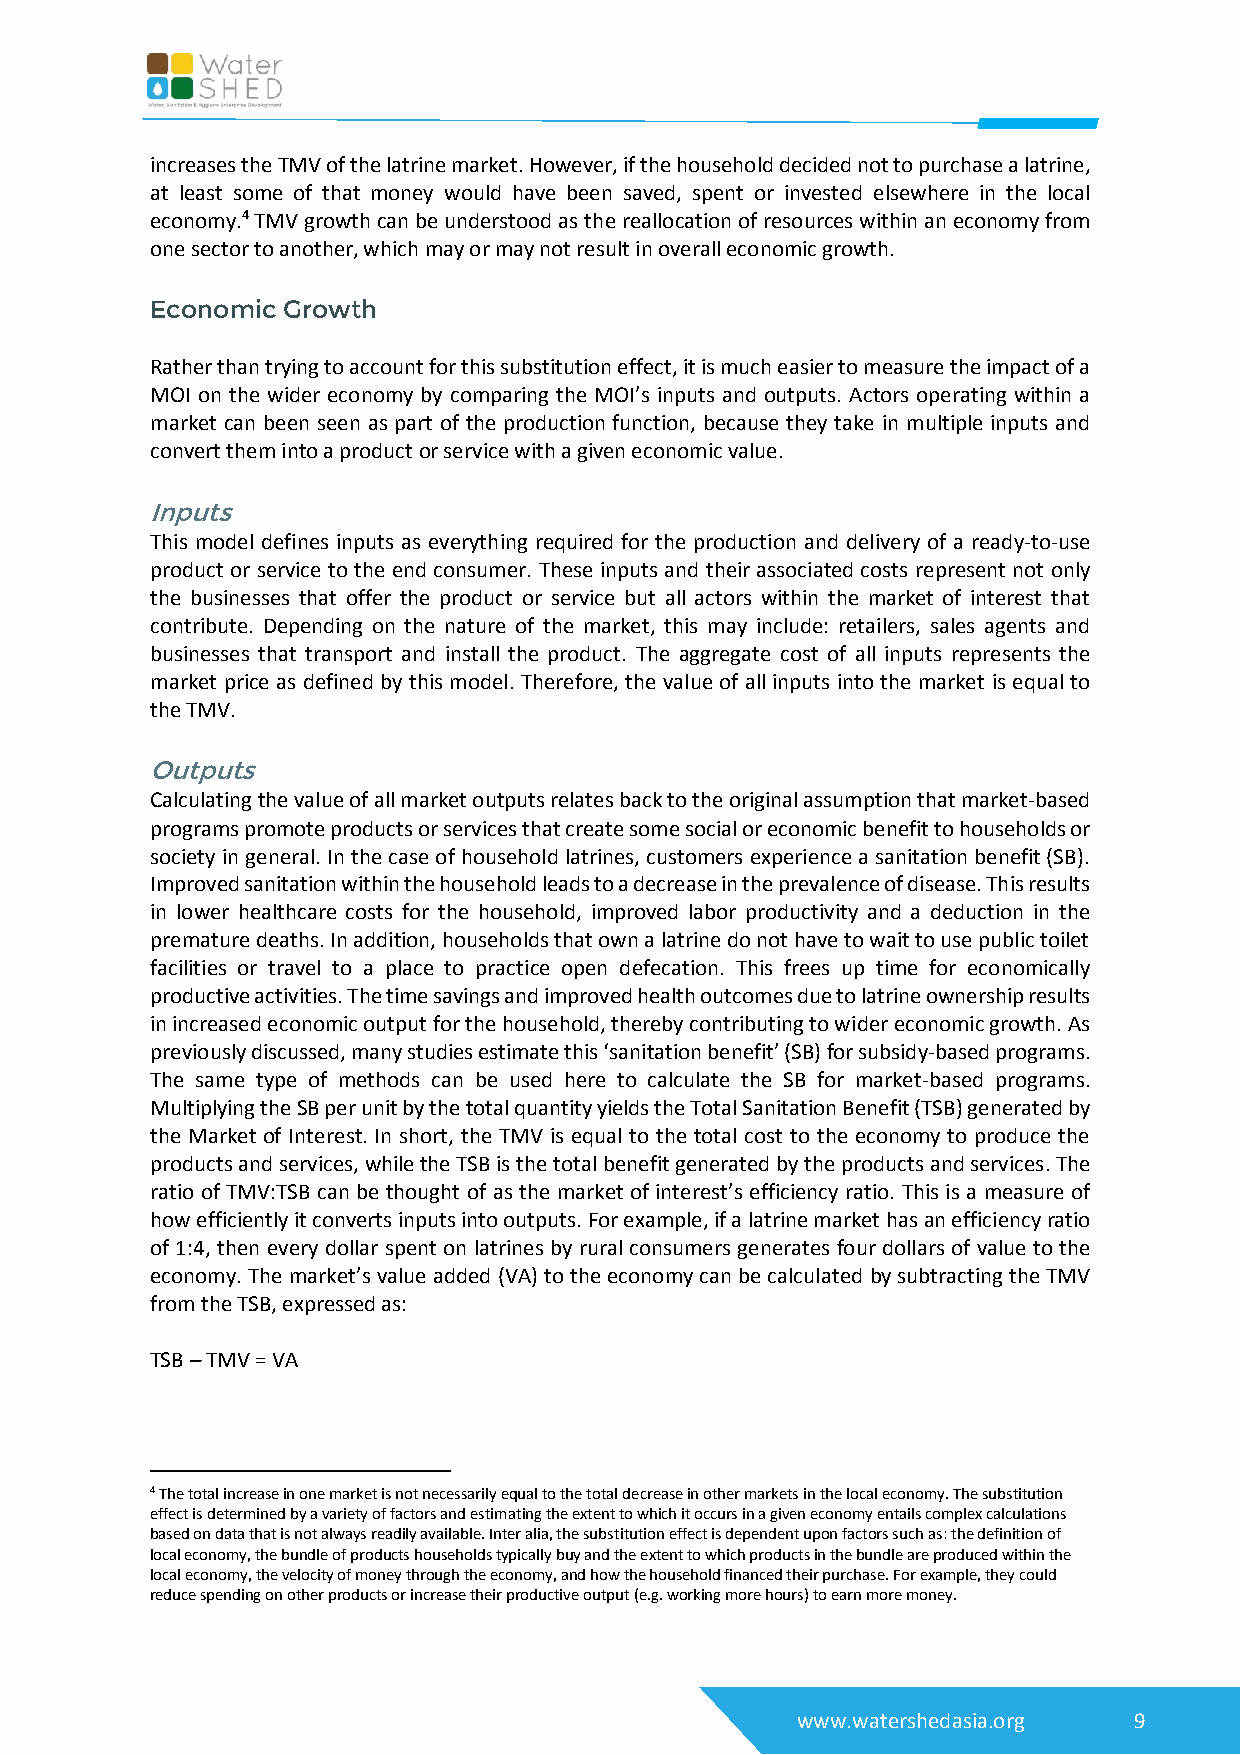
increases the TMV of the latrine market. However, if the household decided not to purchase a latrine,
 at least some of that money would have been saved, spent or invested elsewhere in the local
 economy.4 TMV growth can be understood as the reallocation of resources within an economy from
 one sector to another, which may or may not result in overall economic growth.
 Economic Growth
 Rather than trying to account for this substitution effect, it is much easier to measure the impact of a
 MOI on the wider economy by comparing the MOI’s inputs and outputs. Actors operating within a
 market can been seen as part of the production function, because they take in multiple inputs and
 convert them into a product or service with a given economic value.
 Inputs
 This model defines inputs as everything required for the production and delivery of a ready-to-use
 product or service to the end consumer. These inputs and their associated costs represent not only
 the businesses that offer the product or service but all actors within the market of interest that
 contribute. Depending on the nature of the market, this may include: retailers, sales agents and
 businesses that transport and install the product. The aggregate cost of all inputs represents the
 market price as defined by this model. Therefore, the value of all inputs into the market is equal to
 the TMV.
 Outputs
 Calculating the value of all market outputs relates back to the original assumption that market-based
 programs promote products or services that create some social or economic benefit to households or
 society in general. In the case of household latrines, customers experience a sanitation benefit (SB).
 Improved sanitation within the household leads to a decrease in the prevalence of disease. This results
 in lower healthcare costs for the household, improved labor productivity and a deduction in the
 premature deaths. In addition, households that own a latrine do not have to wait to use public toilet
 facilities or travel to a place to practice open defecation. This frees up time for economically
 productive activities. The time savings and improved health outcomes due to latrine ownership results
 in increased economic output for the household, thereby contributing to wider economic growth. As
 previously discussed, many studies estimate this ‘sanitation benefit’ (SB) for subsidy-based programs.
 The same type of methods can be used here to calculate the SB for market-based programs.
 Multiplying the SB per unit by the total quantity yields the Total Sanitation Benefit (TSB) generated by
 the Market of Interest. In short, the TMV is equal to the total cost to the economy to produce the
 products and services, while the TSB is the total benefit generated by the products and services. The
 ratio of TMV:TSB can be thought of as the market of interest’s efficiency ratio. This is a measure of
 how efficiently it converts inputs into outputs. For example, if a latrine market has an efficiency ratio
 of 1:4, then every dollar spent on latrines by rural consumers generates four dollars of value to the
 economy. The market’s value added (VA) to the economy can be calculated by subtracting the TMV
 from the TSB, expressed as:
 TSB – TMV = VA
 4 The total increase in one market is not necessarily equal to the total decrease in other markets in the local economy. The substitution
 effect is determined by a variety of factors and estimating the extent to which it occurs in a given economy entails complex calculations
 based on data that is not always readily available. Inter alia, the substitution effect is dependent upon factors such as: the definition of
 local economy, the bundle of products households typically buy and the extent to which products in the bundle are produced within the
 local economy, the velocity of money through the economy, and how the household financed their purchase. For example, they could
 reduce spending on other products or increase their productive output (e.g. working more hours) to earn more money.
 www.watershedasia.org 9